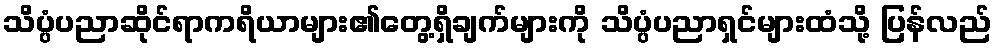
သိပ္ပံပညာဆိုင်ရာကရိယာများ၏တွေ့ရှိချက်များကို သိပ္ပံပညာရှင်များထံသို့ ပြန်လည်